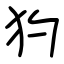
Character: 犳